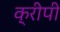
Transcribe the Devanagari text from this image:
क्रीपी